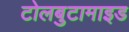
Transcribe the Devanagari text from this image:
टोलबुटामाइड